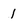
Character: 1